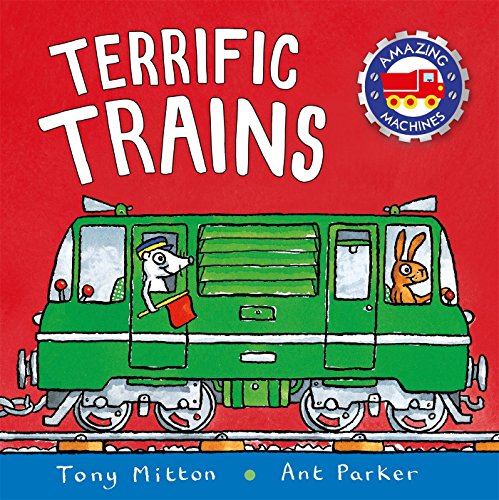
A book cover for Terrific Trains (Amazing Machines); Tony Mitton; Children's Books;